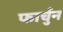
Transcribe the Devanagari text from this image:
फार्चुन